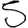
Digit: 5